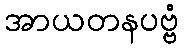
အာယတနပဗ္ဗံ